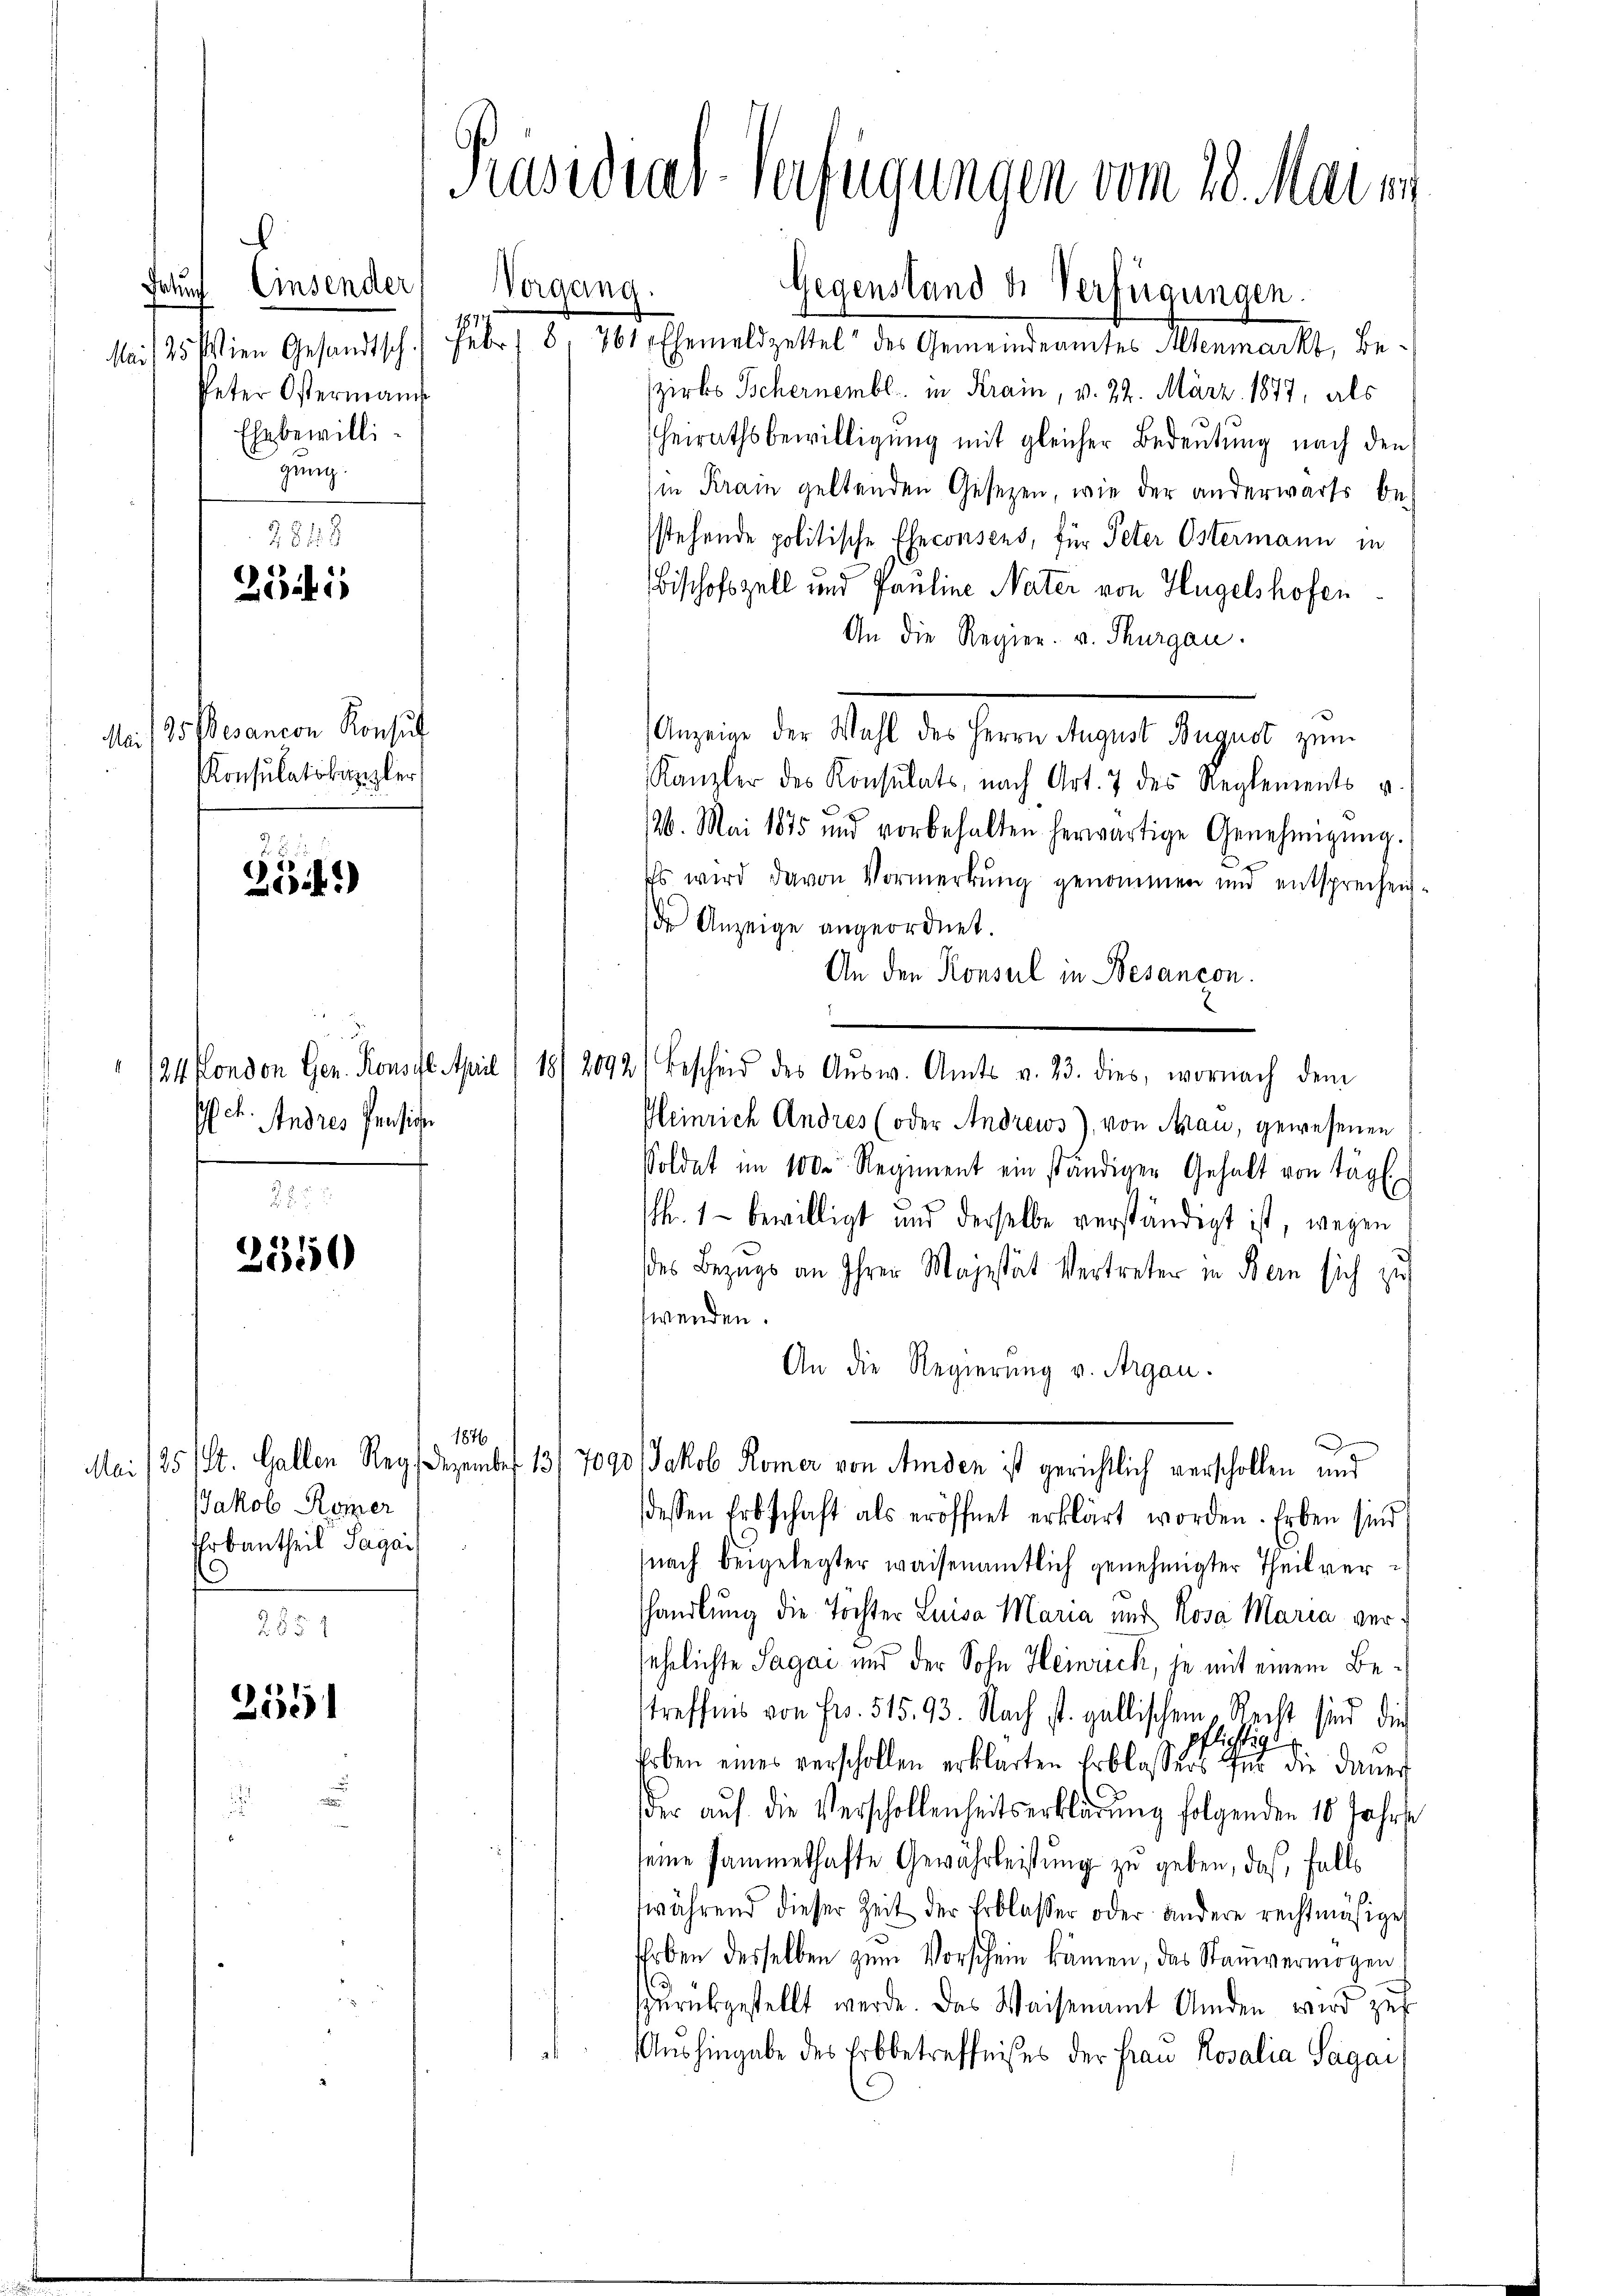
aturf

Einsender
Vorgang
Peter Ostermann
Ehebewilligung.

251

3. Besancon Konsul
Mai
Konsulatskanzler

354)

2092
124 fondon Gen. Konsil. April 187
sch. Andres Pensige

3550

1876
Jakob Romer
Ehrbautheil Sagai
0

2551

Präsidial-Verfügungen vom 28. Mai in

Gegenstand die Verfügungen.

Mai/25. Wien Gesandtsch. Febr. 8. 761 Ehemeldzettel des Gemeindeamtes Altenmarkt, Bezirks Schernembl in Krain, v. 22. März 1877, als
heirathsbewilligung mit gleicher Bedeutung nach den
in Krain geltenden Gesezen, wie der anderwärts be-
stehende politische Eheconsens, für Peter Ostermann in
Bischofszell und Pauline Nater von Hügelshofen
An die Regier. v. Thurgau.
asie der Stift de seine diese Regen ver¬
Kanzler des Konsulats, nach Art. 7 des Reglements u.
/26. Mai 1875 und vorbehalten herwärtige Genehmigŭng.
Es wird davon Vormerkung genommen und entsprechen-
de Anzeige angeordnet.
An den Konseil in Besancon.
Bescheid des Aŭsw. Amts v. 23. dies, wornach dem
Pleinrich Andres (oder Andrews), von Frau, gewesenen
Soldet im 100. Regiment ein ständigen Gehalt von tägl
h. 1 bewilligt und derselbe verständigt ist, wegen
des Bezugs an Ihrer Majestät Vertreter in Bern sich zu
wenden.
An die Regierung v. Argau.
Mai 1851 St. Gallen Reg. Dezember 137090 Jakob Romer von Amden ist gerichtlich verschollen und
dessen Erbschaft als eröffnet erklärt worden. Erben sind
(nach beigelegter waisenamtlich genehmigter Theil verhandlung die Töchter Luisa Maria und Rosa Maria verjehrlichte Sagai und der Sohn Heinrich, je mit einem Betreffnis von Fr. 515. 93. Nach st. gallischem Recht sind die
pflichtigt
Erben eines verschollen erklärten Erblassers für die Dauer
der auf die Verschollenheitserklärung folgenden 10 Jahre
seine sammethafte Gewährleistung zu geben, daß, falls
während dieser Zeit der Erblasser oder andere rechtmäsige
Erben desselben zŭm Vorschein kämen, das Stammvermögen
zurükgestellt werde. Das Waisenamt Anden wird zur
Aushingabe des Erbbetreffnises der Frau Rosalia Sagai